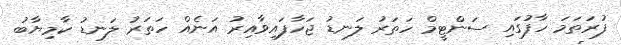
ފުރަތަމަ ހާފުގައި ސަންޓީމް ހަތަރު ލަނޑު ޖަހާފައިވާއިރު އަނެއް ހަތަރު ލަނޑު ކާމިޔާބު